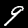
Label: 9